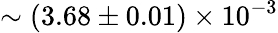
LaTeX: \sim(3.68\pm 0.01)\times 10^{-3}